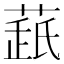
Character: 𦷘